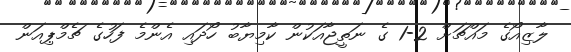
ލާޒިއޯގެ މައްޗަށް 2-1 ގެ ނަތީޖާއަކުން ކާމިޔާބު ހޯދައި އެންމެ ފަހުގެ ޗެމްޕިއަން